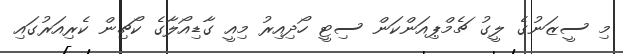
މި ސީޒަނުގެ ލީގު ޗެމްޕިއަންކަން ސިޓީ ހޯދިއިރު މިއީ ގާޑިއޯލާގެ ކޯޗިން ކެރިއަރުގައި